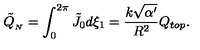
\tilde { Q } _ { _ { N } } = \int _ { 0 } ^ { 2 \pi } \tilde { J } _ { 0 } d \xi _ { 1 } = \frac { k \sqrt { \alpha ^ { \prime } } } { R ^ { 2 } } Q _ { t o p } .